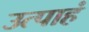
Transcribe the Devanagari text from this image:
उत्पाहं